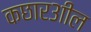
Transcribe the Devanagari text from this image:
कछार३ाील